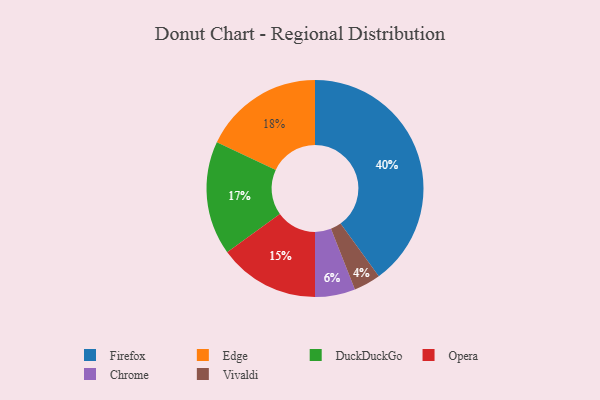
{"axis": {"x": "Category", "y": "Percentage"}, "legend": ["Chrome", "DuckDuckGo", "Edge", "Firefox", "Opera", "Vivaldi"], "data": [{"x": "Chrome", "y": 6, "type": "Chrome"}, {"x": "Opera", "y": 15, "type": "Opera"}, {"x": "Firefox", "y": 40, "type": "Firefox"}, {"x": "Edge", "y": 18, "type": "Edge"}, {"x": "Vivaldi", "y": 4, "type": "Vivaldi"}, {"x": "DuckDuckGo", "y": 17, "type": "DuckDuckGo"}]}